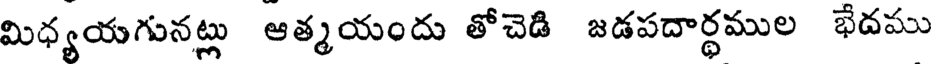
మిధ్యయగునట్లు ఆత్మయందు తోచెడి జడపదార్థముల భేదము